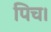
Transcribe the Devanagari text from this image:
पिच।